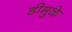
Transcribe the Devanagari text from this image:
डीमुळे